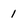
Character: 1